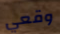
وقعي